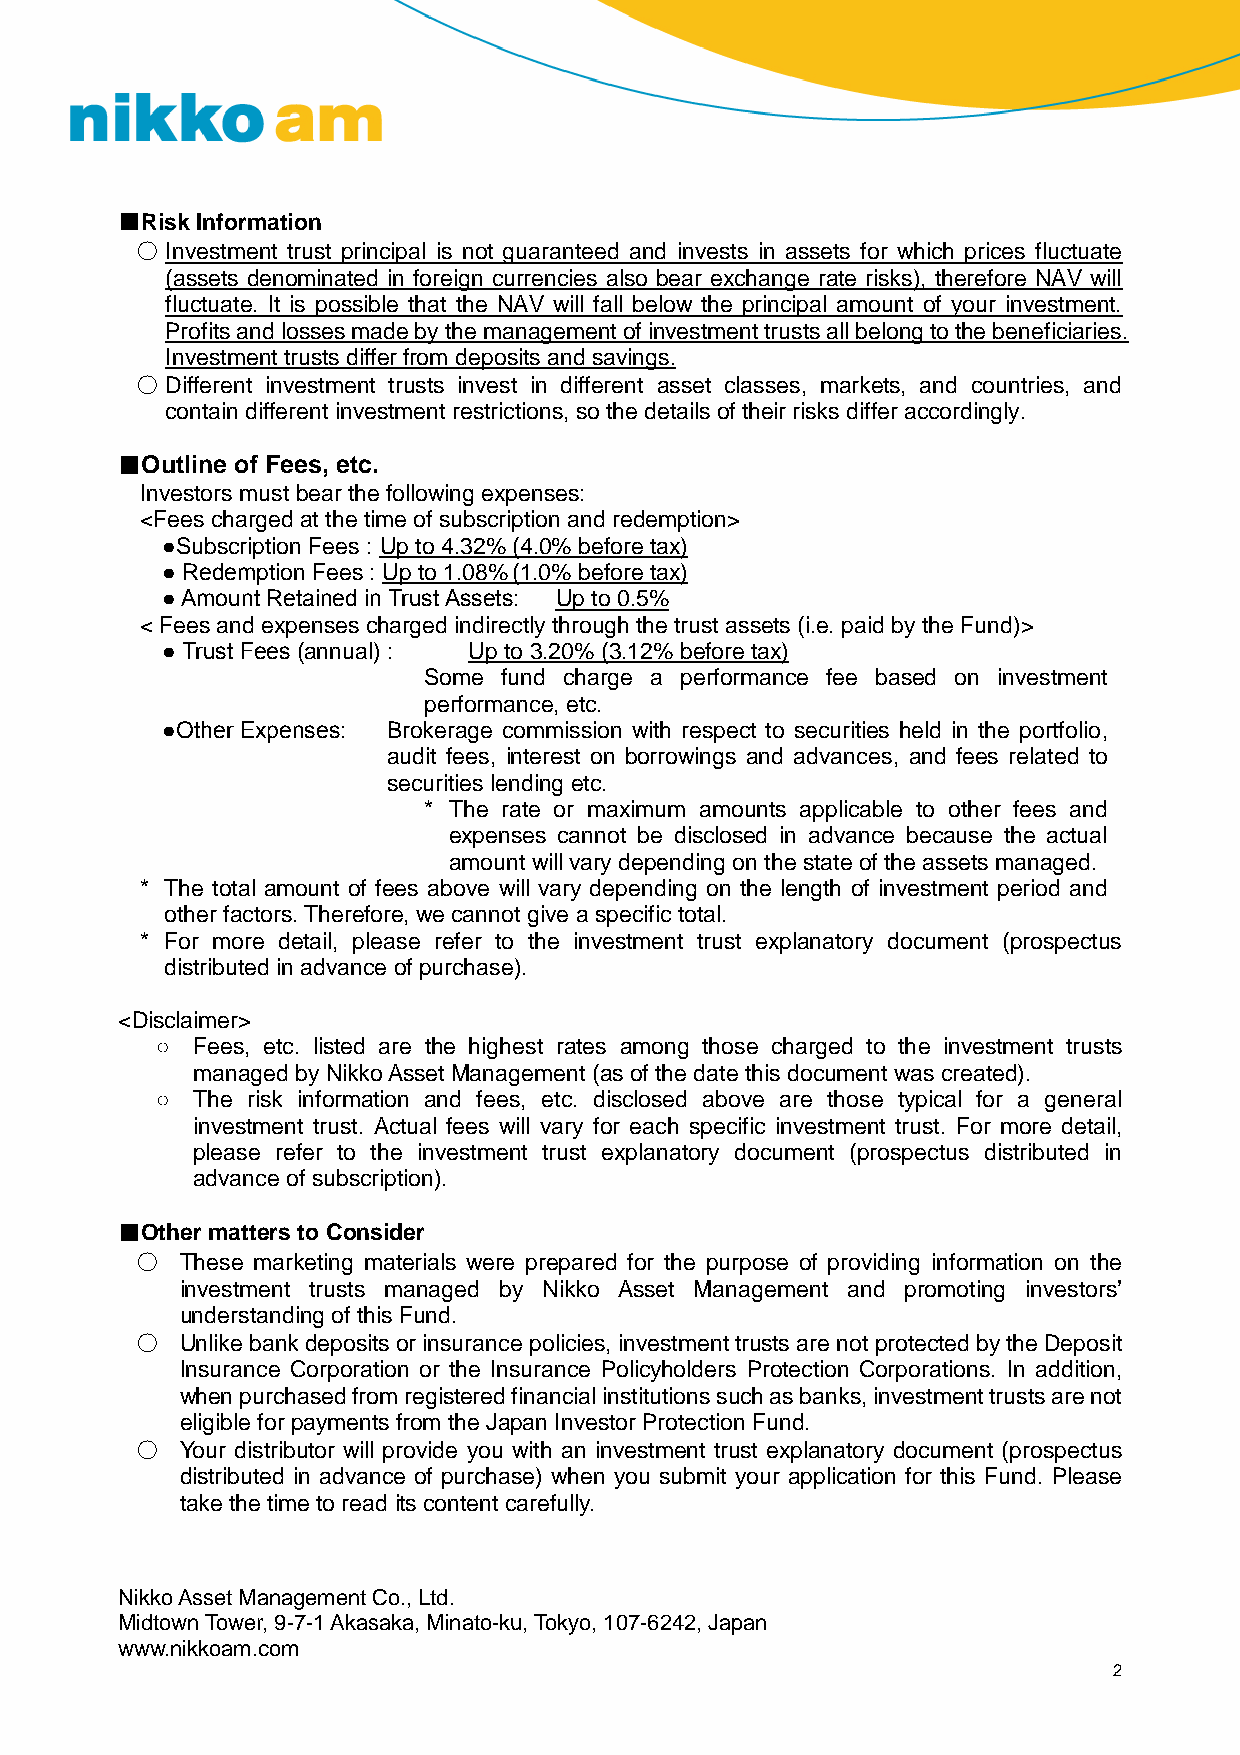
■RiskInformation
 ○ Investment trust principal is not guaranteed and invests in assets for which prices fluctuate
 (assets denominated in foreign currencies also bear exchange rate risks), therefore NAV will
 fluctuate. It is possible that the NAV will fall below the principal amount of your investment.
 Profitsandlossesmadebythemanagementof investmenttrustsallbelongtothebeneficiaries.
 Investment trustsdiffer from deposits andsavings.
 ○ Different investment trusts invest in different asset classes, markets, and countries, and
 contain different investment restrictions, sothedetails of their risksdifferaccordingly.
 ■Outline of Fees, etc.
 Investorsmust bear thefollowing expenses:
 <Fees charged at thetime of subscription andredemption>
 ●SubscriptionFees : Up to 4.32% (4.0% before tax)
 ● Redemption Fees : Upto 1.08%(1.0% beforetax)
 ● Amount Retained in Trust Assets: Up to 0.5%
 < Feesand expensescharged indirectlythroughthe trust assets(i.e. paidbythe Fund)>
 ● Trust Fees (annual) : Up to 3.20% (3.12% beforetax)
 Some fund charge a performance fee based on investment
 performance, etc.
 ●Other Expenses: Brokerage commission with respect to securities held in the portfolio,
 audit fees, interest on borrowings and advances, and fees related to
 securities lending etc.
 * The rate or maximum amounts applicable to other fees and
 expenses cannot be disclosed in advance because the actual
 amount will varydepending onthe stateof the assetsmanaged.
 * The total amount of fees above will vary depending on the length of investment period and
 otherfactors.Therefore, we cannot give a specifictotal.
 * For more detail, please refer to the investment trust explanatory document (prospectus
 distributedin advance of purchase).
 <Disclaimer>
 ○  Fees, etc. listed are the highest rates among those charged to the investment trusts
 managed byNikkoAsset Management (as of thedatethis document was created).
 ○  The risk information and fees, etc. disclosed above are those typical for a general
 investment trust. Actual fees will vary for each specific investment trust. For more detail,
 please refer to the investment trust explanatory document (prospectus distributed in
 advance of subscription).
 ■Other mattersto Consider
 ○  These marketing materials were prepared for the purpose of providing information on the
 investment trusts managed by Nikko Asset Management and promoting investors’
 understanding of this Fund.
 ○  Unlikebank depositsor insurancepolicies, investmenttrustsarenot protectedbytheDeposit
 Insurance Corporation or the Insurance Policyholders Protection Corporations. In addition,
 whenpurchasedfromregisteredfinancialinstitutionssuchasbanks,investmenttrustsarenot
 eligiblefor paymentsfrom the JapanInvestor Protection Fund.
 ○  Your distributor will provide you with an investment trust explanatory document (prospectus
 distributed in advance of purchase) when you submit your application for this Fund. Please
 takethetimetoread its content carefully.
 NikkoAssetManagementCo.,Ltd.
 MidtownTower,9-7-1Akasaka,Minato-ku,Tokyo,107-6242,Japan
 www.nikkoam.com
 2